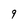
Character: 9